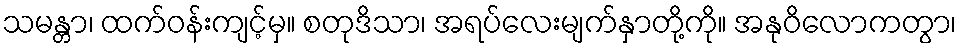
သမန္တာ၊ ထက်ဝန်းကျင့်မှ။ စတုဒိသာ၊ အရပ်လေးမျက်နှာတို့ကို။ အနုဝိလောကတွာ၊